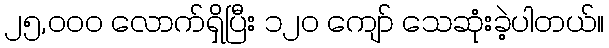
၂၅,၀၀၀ လောက်ရှိပြီး ၁၂၀ ကျော် သေဆုံးခဲ့ပါတယ်။